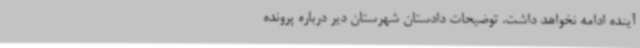
آینده ادامه نخواهد داشت. توضیحات دادستان شهرستان دیر درباره پرونده